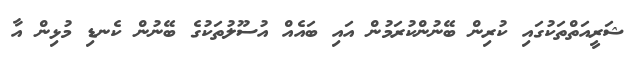
ޝަރީއަތްތަކުގައި ކުރިން ބޭނުންކުރަމުން އަައި ބައެއް އުސޫލުތަކުގެ ބޭނުން ކެނޑި މުޅިން އާ